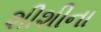
શીશીના